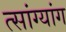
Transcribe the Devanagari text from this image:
त्सांग्यांग